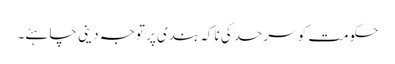
حکومت کو سرحد کی ناکہ بندی پر توجہ دینی چاہئے۔